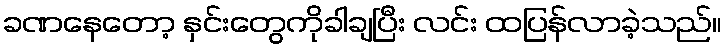
ခဏနေတော့ နှင်းတွေကိုခါချပြီး လင်း ထပြန်လာခဲ့သည်။